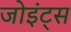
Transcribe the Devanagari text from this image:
जोइंट्स